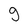
Character: g